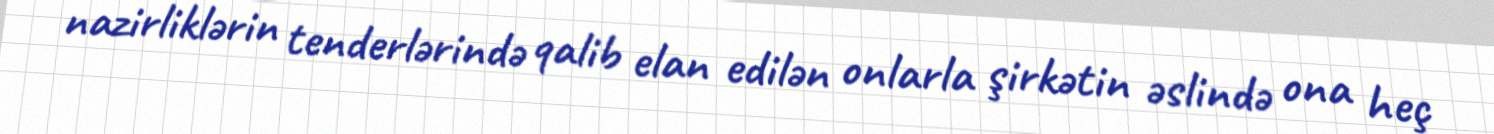
nazirliklərin tenderlərində qalib elan edilən onlarla şirkətin əslində ona heç